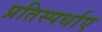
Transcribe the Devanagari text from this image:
प्रतिस्पर्धाए